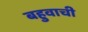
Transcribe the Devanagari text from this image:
बहुवाची